Report of the Municipal Commissioner on the plague in Bombay for the year ending 31st May... - Volume 2
Disease focus: Plague
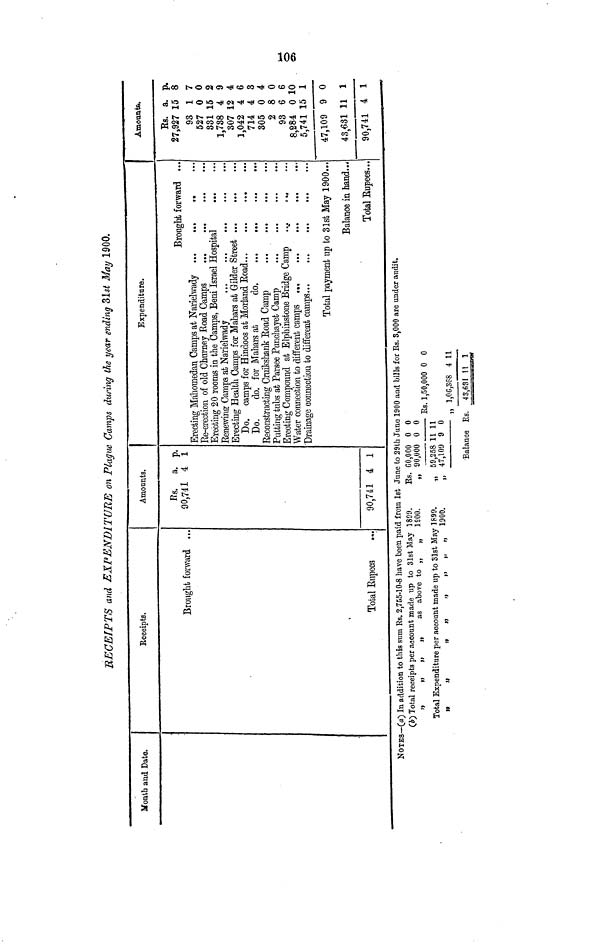
IP*
o
O5
RECEIPTS and EXPENDITURE on Plague Camps during the year ending 31st May 1900.
Month and Date.
Receipts.
Brought forward ..
,
Tofcal Kupeea
...
Amounts.
Rs.
90,741
90,741
a.
4
4
P-
1
1
Expenditure.
Brought forward ...
Erecting 20 rooms in the Gamps, Beni Israel Hospital
Erecting Health Camps for Mahars at Gilder Street
Erecting Compound at Elphinstone Bridge Camp
....
, M
Total payment up to 31st May 1900...
Balance in hand..*
Total Bupees...
Amounts.
Rs.
27,927
93
527
831
1,788
307
1,042
714
305
2
93
8,284
5,741
47,109
43,tf31
90,741
a.
15
1
0
15
4
12
4
4
0
8
6
0 1
15
9
11
w*M
4
P-
8
7
0
2
9
4
6
8
4
0
6
0
1
0
1
1
NOTES— 00 In addition to this sum Rs. 2,755-10-8 have been paid from 1st June to 29th June 1900 and bills for Rs. 8,000 are under audit.
(&) Total receipts per account made Tip to 31st May 1899.
Es. 60,000 0 0
„
„
„
„
as above to „
„ 1800.
„ 90,000 0 0
Rs. 1,50,000 0 0
Total Expenditure per account made up to 31st May 1 899.
.,, 59,2581111
.,
.,
„ „ „ 1900,
„ 47,109 9 0
"
"
"
" " "
' - '-,--..
„ 1,00,368 411
-Balance Rs. 43,631 11 1